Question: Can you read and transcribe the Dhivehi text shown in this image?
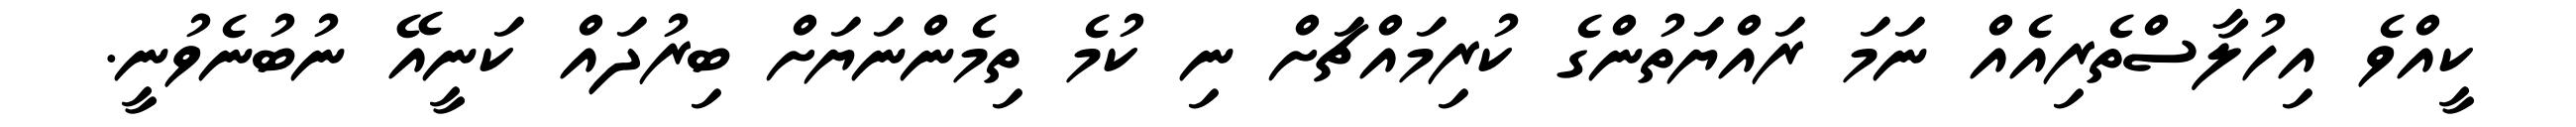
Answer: ކީއްވެ އިހުލާސްތެރިއެއް ނަމަ ރައްޔަތުންގެ ކުރިމައްޗަށް ނި ކުމެ ތިމެންނަޔަށް ބިރުދައް ކަނީއޭ ނުބުނެވުނީ.